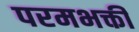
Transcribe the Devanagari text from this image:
परमभक्ती